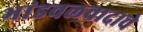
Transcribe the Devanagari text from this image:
भांडवलवादाचे